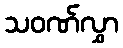
သဝဏ်လွှာ